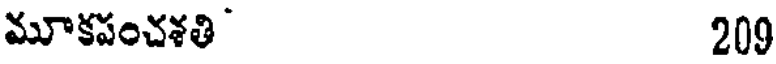
మూకపంచశతి 200